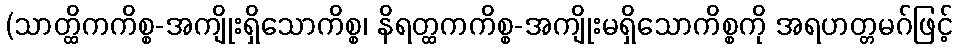
(သာတ္ထိကကိစ္စ-အကျိုးရှိသောကိစ္စ၊ နိရတ္ထကကိစ္စ-အကျိုးမရှိသောကိစ္စကို အရဟတ္တမဂ်ဖြင့်